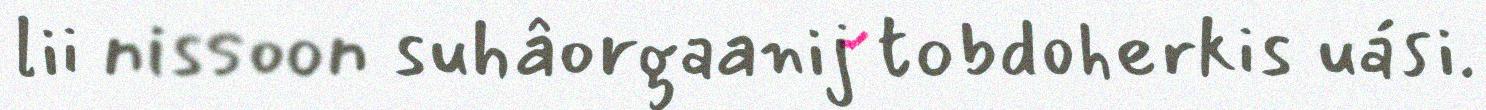
lii nissoon suhâorgaanij tobdoherkis uási.